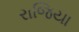
રાજિયા